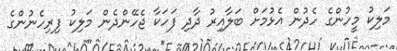
މަލިކު މީހުންގެ ހެދުން އެޅުމަށް ބަލާއިރު ދާދި ފަހަކާ ޖެހޭންދެން މަލިކު ފިރިހެނުންގެ